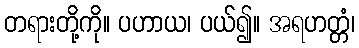
တရားတို့ကို။ ပဟာယ၊ ပယ်၍။ အရဟတ္တံ၊